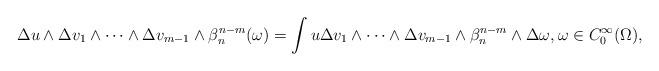
LaTeX: \begin{align*}\Delta u\wedge\Delta v_1\wedge\dots\wedge \Delta v_{m-1}\wedge\beta_n^{n-m}(\omega) =\int u\Delta v_1\wedge\dots\wedge \Delta v_{m-1}\wedge\beta_n^{n-m}\wedge\Delta \omega, \omega \in C_0^{\infty}(\Omega), \end{align*}